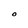
Character: O